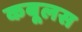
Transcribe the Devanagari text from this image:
कबूलस